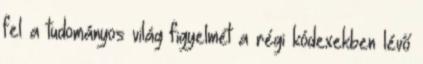
fel a tudományos világ figyelmét a régi kódexekben lévő